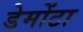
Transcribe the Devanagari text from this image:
डेमोंटा